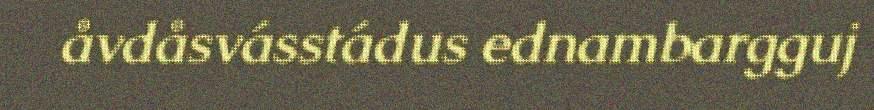
åvdåsvásstádus ednambargguj